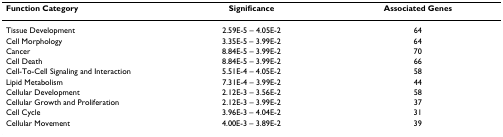
<table><thead><tr><td><b>Function Category</b></td><td><b>Significance</b></td><td><b>Associated Genes</b></td></tr></thead><tbody><tr><td>Tissue Development</td><td>2.59E-5 – 4.05E-2</td><td>64</td></tr><tr><td>Cell Morphology</td><td>3.35E-5 – 3.99E-2</td><td>64</td></tr><tr><td>Cancer</td><td>8.84E-5 – 3.99E-2</td><td>70</td></tr><tr><td>Cell Death</td><td>8.84E-5 – 3.99E-2</td><td>66</td></tr><tr><td>Cell-To-Cell Signaling and Interaction</td><td>5.51E-4 – 4.05E-2</td><td>58</td></tr><tr><td>Lipid Metabolism</td><td>7.31E-4 – 3.99E-2</td><td>44</td></tr><tr><td>Cellular Development</td><td>2.12E-3 – 3.56E-2</td><td>58</td></tr><tr><td>Cellular Growth and Proliferation</td><td>2.12E-3 – 3.99E-2</td><td>37</td></tr><tr><td>Cell Cycle</td><td>3.96E-3 – 4.04E-2</td><td>31</td></tr><tr><td>Cellular Movement</td><td>4.00E-3 – 3.89E-2</td><td>39</td></tr></tbody></table>